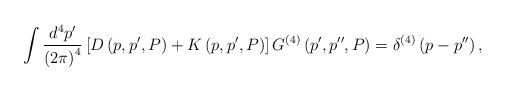
LaTeX: \begin{align*}\int \frac{d^{4}p^{\prime }}{\left( 2\pi \right) ^{4}}\left[ {D}\left(p,p^{\prime },P\right) +{K}\left( p,p^{\prime },P\right) \right] {G}^{\left(4\right) }\left( p^{\prime },p^{\prime \prime },P\right)=\delta ^{\left( 4\right) }\left( p-p^{\prime \prime }\right) ,\end{align*}